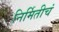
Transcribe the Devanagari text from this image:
निर्मितीचं